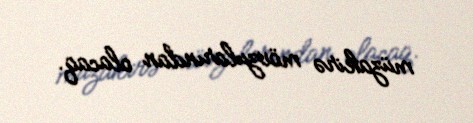
müzakirə mövzularından olacaq.